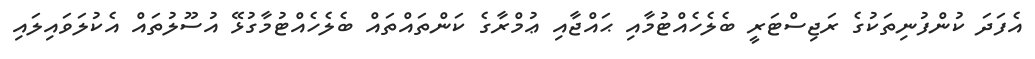
އެފަދަ ކުންފުނިތަކުގެ ރަޖިސްޓަރީ ބެލެހެއްޓުމާއި ޙައްޖާއި ޢުމްރާގެ ކަންތައްތައް ބެލެހެއްޓުމާގުޅޭ އުސޫލުތައް އެކުލަވައިލައި